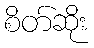
စိတ်ဆိုး